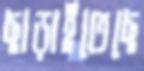
ছাড়াইতেছে